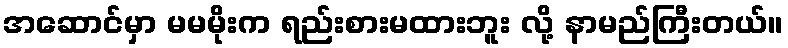
အဆောင်မှာ မမမိုးက ရည်းစားမထားဘူး လို့ နာမည်ကြီးတယ်။